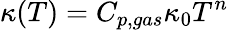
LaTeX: \kappa(T)=C_{p,gas}\kappa_{0}T^{n}